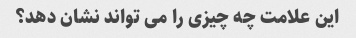
این علامت چه چیزی را می تواند نشان دهد؟